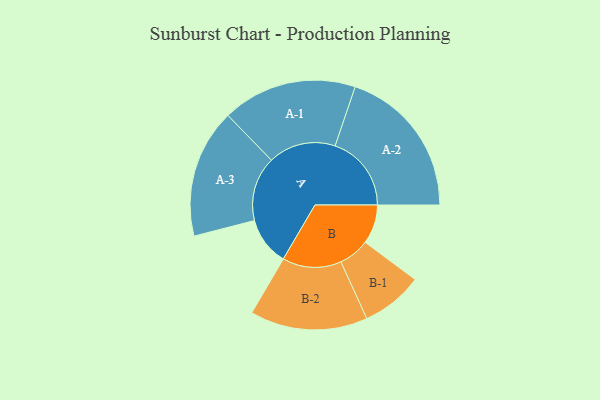
{"axis": {"x": "Segment", "y": "Value"}, "legend": ["", "A", "B"], "data": [{"x": "A", "y": 180, "type": ""}, {"x": "B", "y": 146, "type": ""}, {"x": "A-1", "y": 251, "type": "A"}, {"x": "A-2", "y": 284, "type": "A"}, {"x": "A-3", "y": 240, "type": "A"}, {"x": "B-1", "y": 115, "type": "B"}, {"x": "B-2", "y": 219, "type": "B"}]}